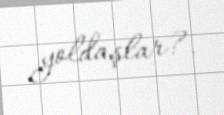
yoldaşlar?.